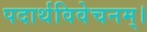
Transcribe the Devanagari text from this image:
पदार्थविवेचनम्।